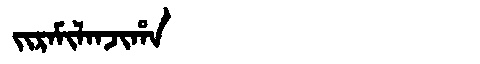
Manchu: ᠵᡳᡵᠠᠮᡳᠯᠠᠨᠵᡳᡥᠠ
Romanization: JIRAMILANJIHA